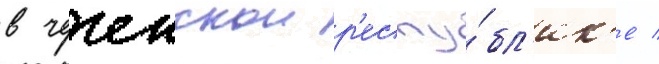
в чеченскои р'еспу́бл'ик'е /